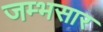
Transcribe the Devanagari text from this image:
जम्भसार